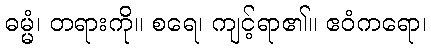
ဓမ္မံ၊ တရားကို။ စရေ၊ ကျင့်ရာ၏။ ဧဝံကရော၊